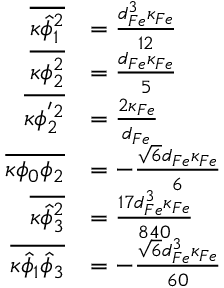
\begin{array} { r l } { \overline { { \kappa \hat { \phi } _ { 1 } ^ { 2 } } } } & { = \frac { d _ { F e } ^ { 3 } \kappa _ { F e } } { 1 2 } } \\ { \overline { { \kappa \phi _ { 2 } ^ { 2 } } } } & { = \frac { d _ { F e } \kappa _ { F e } } { 5 } } \\ { \overline { { \kappa \phi _ { 2 } ^ { ' 2 } } } } & { = \frac { 2 \kappa _ { F e } } { d _ { F e } } } \\ { \overline { { \kappa \phi _ { 0 } \phi _ { 2 } } } } & { = - \frac { \sqrt { 6 } d _ { F e } \kappa _ { F e } } { 6 } } \\ { \overline { { \kappa \hat { \phi } _ { 3 } ^ { 2 } } } } & { = \frac { 1 7 d _ { F e } ^ { 3 } \kappa _ { F e } } { 8 4 0 } } \\ { \overline { { \kappa \hat { \phi } _ { 1 } \hat { \phi } _ { 3 } } } } & { = - \frac { \sqrt { 6 } d _ { F e } ^ { 3 } \kappa _ { F e } } { 6 0 } } \end{array}